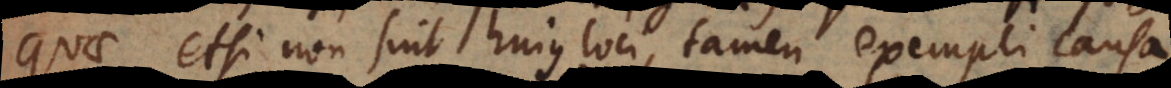
Quae etsi non sint hujus loci, tamen exempli causa